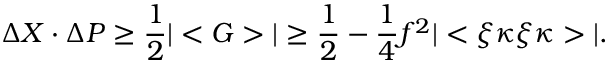
\Delta X \cdot \Delta P \ge \frac { 1 } { 2 } | < G > | \ge \frac { 1 } { 2 } - \frac { 1 } { 4 } f ^ { 2 } | < \xi \kappa \xi \kappa > | .